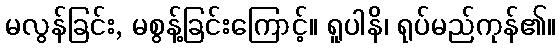
မလွန်ခြင်း, မစွန့်ခြင်းကြောင့်။ ရူပါနိ၊ ရုပ်မည်ကုန်၏။